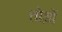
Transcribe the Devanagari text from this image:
तोड़ों